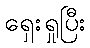
ရှေးရှုပြီး